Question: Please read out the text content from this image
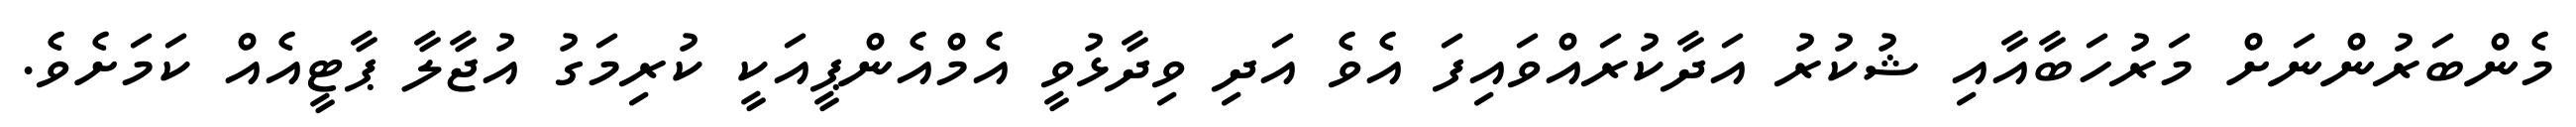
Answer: މެންބަރުންނަށް މަރުހަބާއާއި ޝުކުރު އަދާކުރައްވައިފަ އެވެ އަދި ވިދާޅުވީ އެމްއެންޕީއަކީ ކުރިމަގު އުޖާލާ ޕާޓީއެއް ކަމަށެވެ.